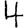
Digit: 4